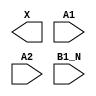
module sky130_fd_sc_hd__a21bo (
    X   ,
    A1  ,
    A2  ,
    B1_N
);

    output X   ;
    input  A1  ;
    input  A2  ;
    input  B1_N;

    // Voltage supply signals
    supply1 VPWR;
    supply0 VGND;
    supply1 VPB ;
    supply0 VNB ;

endmodule